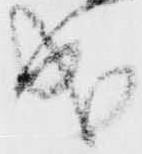
成